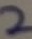
Text: 2